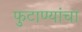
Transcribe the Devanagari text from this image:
फुटाण्यांचा